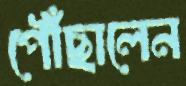
পৌঁছালেন